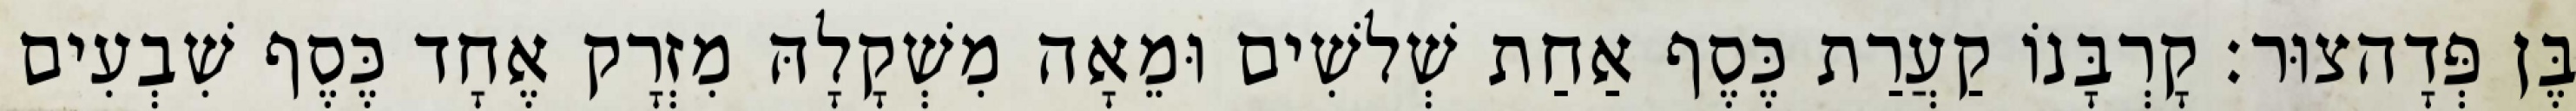
בֶּן פְּדָהצוּר׃ קָרְבָּנוֹ קַעֲרַת כֶּסֶף אַחַת שְׁלשִׁים וּמֵאָה מִשְׁקָלָהּ מִזְרָק אֶחָד כֶּסֶף שִׁבְעִים